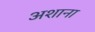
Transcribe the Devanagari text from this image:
अशाना